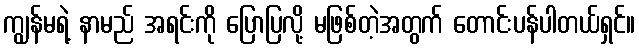
ကျွန်မရဲ့ နာမည် အရင်းကို ပြောပြလို့ မဖြစ်တဲ့အတွက် တောင်းပန်ပါတယ်ရှင်။